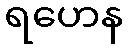
ရဟေန